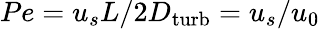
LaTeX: Pe=u_{s}L/2D_{\mathrm{turb}}=u_{s}/u_{0}